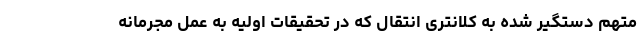
متهم دستگیر شده به کلانتری انتقال که در تحقیقات اولیه به عمل مجرمانه